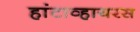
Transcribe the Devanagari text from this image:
हांटाव्हायरस